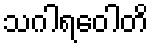
သဂါရဝေါတိ